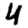
Digit: 4